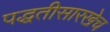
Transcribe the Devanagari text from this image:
पद्धतीसारखेच